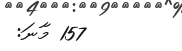
157 މާނަ: